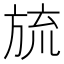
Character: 旈